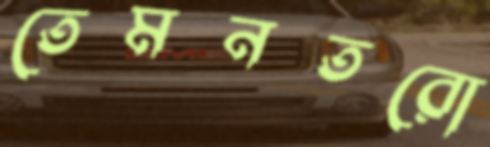
তেমনতরো